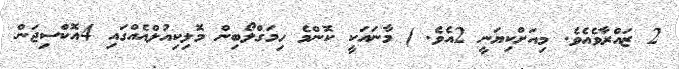
2 ޒައްރާވެއެވެ. މިއަށްކިޔަނީ 2އެވެ. ) މާނައަކީ ކޮންމެ ހިމަގްލޯބިން މޮލިކިއުލްއެއްގައި 4އޮކްސިޖަން